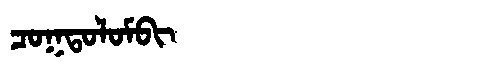
Manchu: ᠴᠣᡴᡨᠣᠯᠣᠮᠪᡳ
Romanization: COKTOLOMBI